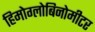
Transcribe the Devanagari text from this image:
हिमोग्लोबिनोमीटर